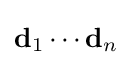
\mathbf {d} _{1}\cdots \mathbf {d} _{n}